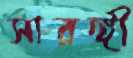
সারঙ্গী